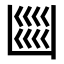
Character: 𭂼